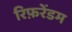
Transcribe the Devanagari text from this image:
रिफ़रेंडम